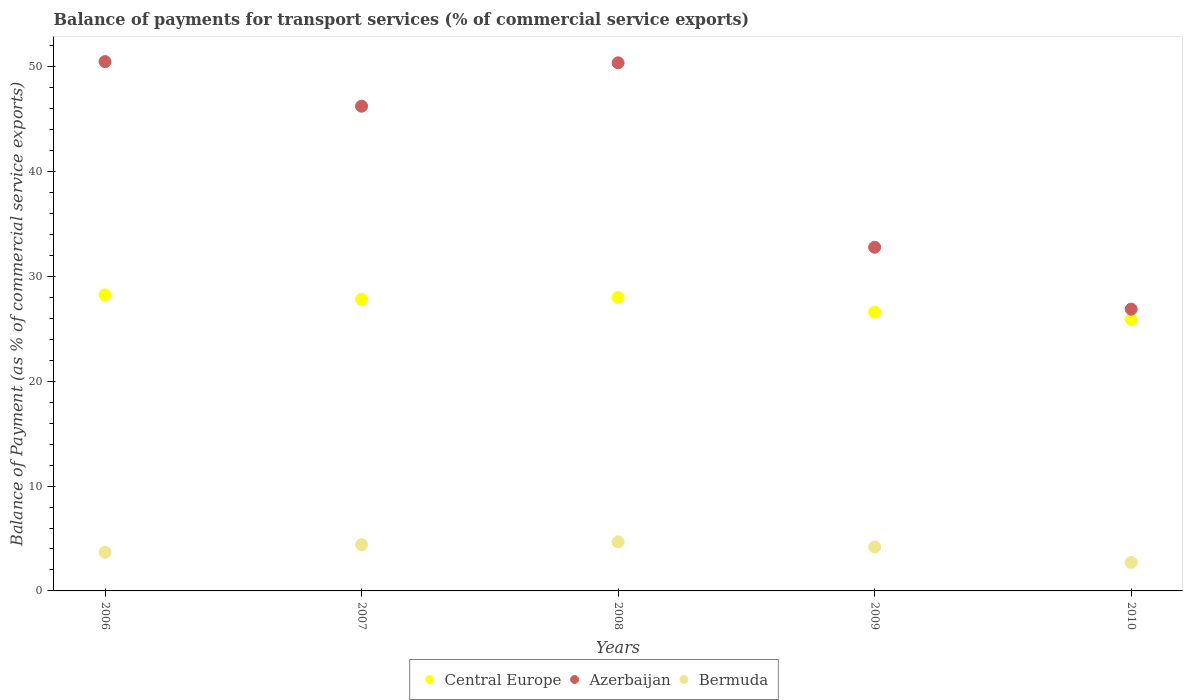
| Years | Central Europe | Azerbaijan | Bermuda |
 | --- | --- | --- | --- |
 | 2006 | 28.3 | 50.5 | 3.69 |
 | 2007 | 27.8 | 46.2 | 4.42 |
 | 2008 | 28 | 50.4 | 4.68 |
 | 2009 | 26.6 | 32.8 | 4.19 |
 | 2010 | 25.9 | 26.9 | 2.72 |